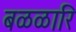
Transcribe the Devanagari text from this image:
बळळारि